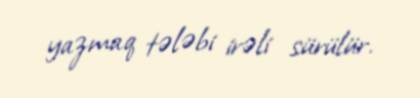
yazmaq tələbi irəli sürülür.